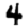
Digit: 4